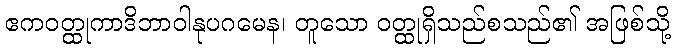
ဧကဝတ္ထုကာဒိဘာဝါနုပဂမေန၊ တူသော ဝတ္ထုရှိသည်စသည်၏ အဖြစ်သို့